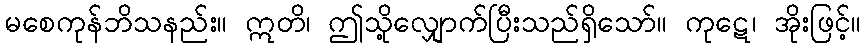
မစေကုန်ဘိသနည်း။ ဣတိ၊ ဤသို့လျှောက်ပြီးသည်ရှိသော်။ ကုဋေ၊ အိုးဖြင့်။